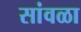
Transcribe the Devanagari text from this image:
सांवळा